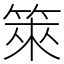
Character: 箂